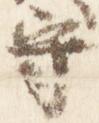
守